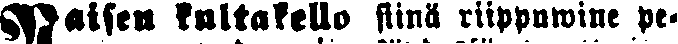
#aisen kultakello siinä riippuwine pe-